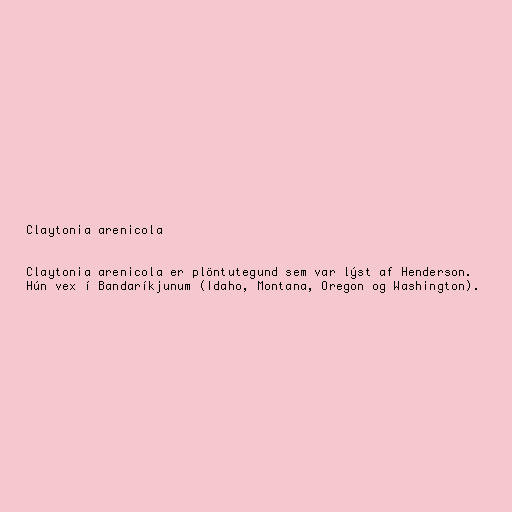
Claytonia arenicola

Claytonia arenicola er plöntutegund sem var lýst af Henderson.
Hún vex í Bandaríkjunum (Idaho, Montana, Oregon og Washington).